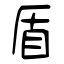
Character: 盾